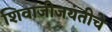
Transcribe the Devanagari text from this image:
शिवाजीजयंतीचे